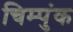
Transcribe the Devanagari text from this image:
चिम्पुंक